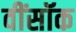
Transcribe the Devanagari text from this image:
वींसॉक